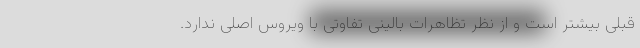
قبلی بیشتر است و از نظر تظاهرات بالینی تفاوتی با ویروس اصلی ندارد.